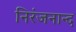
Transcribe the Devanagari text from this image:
निरंजनान्द